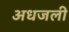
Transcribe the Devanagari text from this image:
अधजली